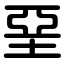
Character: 堊